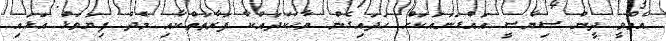
އެމްވީ ދީން ސިޔާސީ އައްޑަނައަކަށް ހަދައިގެން ވާހަކަދައްކާ ފަރާތަތްކާއި މެދު ފިޔަވަޅު އަޅައި